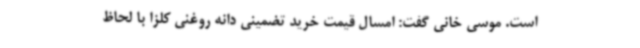
است. موسی خانی گفت: امسال قیمت خرید تضمینی دانه روغنی کلزا با لحاظ